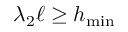
\lambda _ { 2 } \ell \ge h _ { \operatorname* { m i n } }